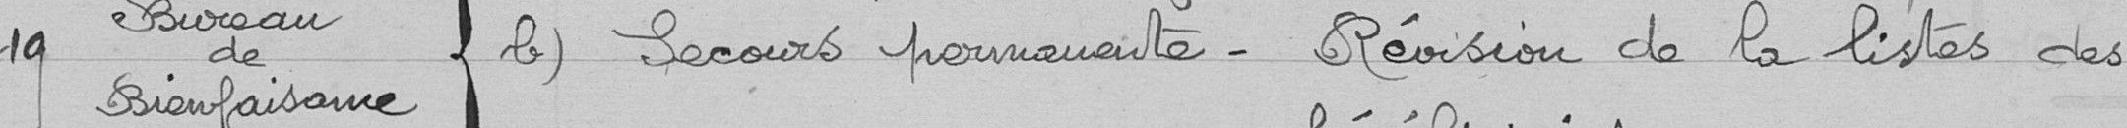
19 - Bureau de bienfaisance { b) Secours permanente. Révision de la liste des